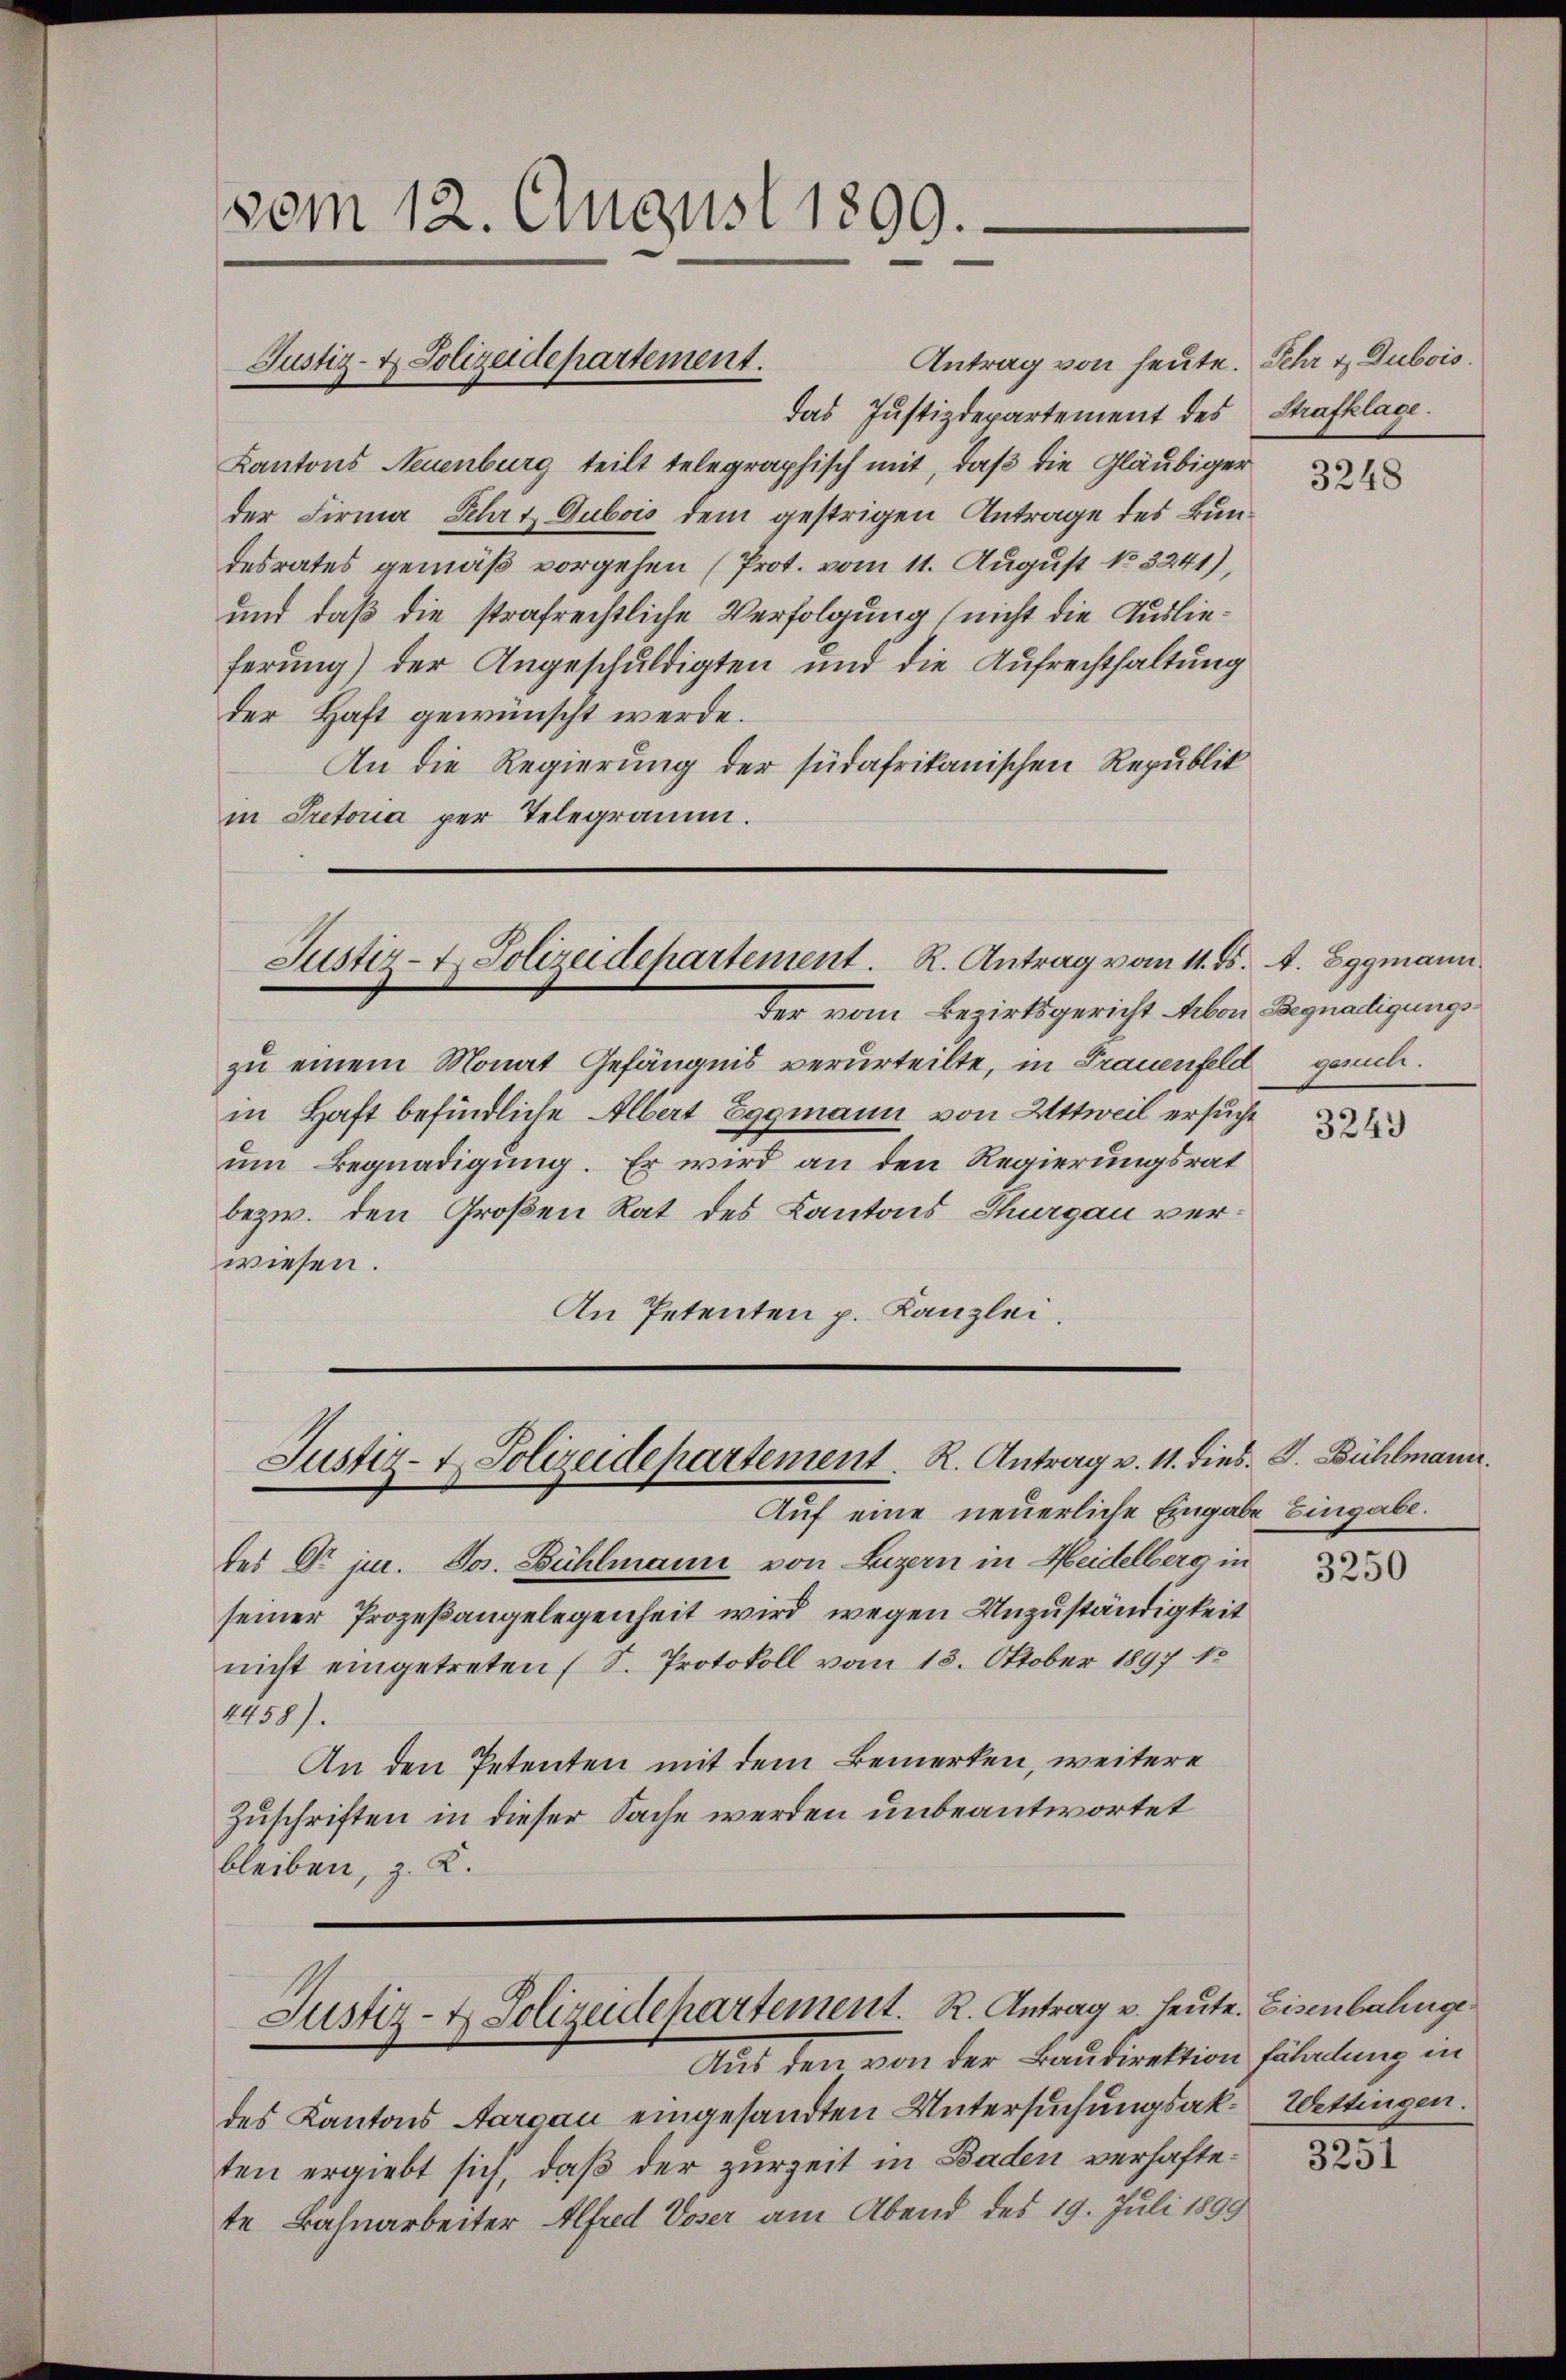
vom 12. August 1899.

das Justizdepartement des Strafklage.
Kantons Neuenburg teilt telegraphisch mit, daß die Gläubiger
der Firma Jehrt Dubois dem gestrigen Antrage des Bundesrates gemäß vorgehen (Prot. vom 11. August No 3241),
und daß die strafrechtliche Verfolgung (nicht die Auslieferung) der Angeschuldigten und die Aufrechthaltung
der Haft gewünscht werde.
An die Regierung der südafrikanischen Republik
in Pretoria per Telegramm.

Justiz- & Polizeidepartement.

Antrag von heute. Sehr & Dubois.

Justiz- & Polizeidepartement. R. Antrag vom 11. ds. A. Eggmann

der vom Bezirksgericht Arbon Begnadigungszu einem Monat Gefängnis verurteilte, in Frauenfeld gesuch.
in Haft befindliche Albert Eggmann von Attweil ersucht
um Begnadigung. Er wird an den Regierungsrat
bezw. den Großen Rat des Kantons Thurgau verwiesen.
An Petenten p. Kanzlei.

Justiz- & Polizeidepartement. R. Antrag v. 11. dies J. Bühlmann.

Justiz- & Polizeidepartement. R. Antrag v. heute. Eisenbahnge

Auf eine neuerliche Eingabe Eingabe.
des Dr. jur. Jos. Bühlmann von Luzern in Heidelberg in
seiner Prozeßangelegenheit wird wegen Unzuständigkeit
nicht eingetreten (S. Protokoll vom 13. Oktober 1897 13
2458).
An den Petenten mit dem Bemerken, weitere
Zuschriften in dieser Sache werden unbeantwortet
bleiben, z. K.

Aus den von der Baudirektion füllung in
des Kantons Aargau eingesandten Untersuchungsak- Wettingen.
ten ergiebt sich, daß der zurzeit in Baden verhaftete Bahnarbeiter Alfred Voser am Abend des 19. Juli 1899

3248

3243

3250

3251